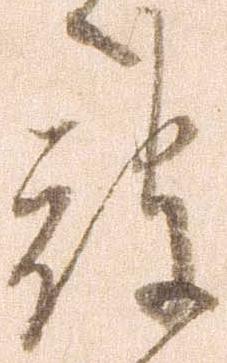
被